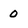
Character: 0